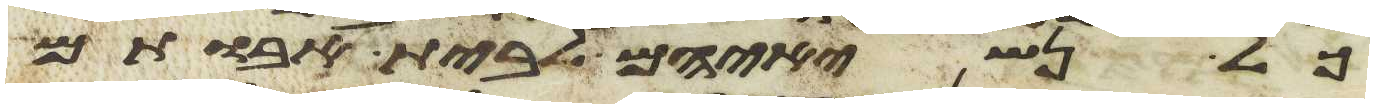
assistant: כל נשיאיהם לבית אבותם